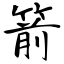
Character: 箭